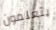
يتعلمون